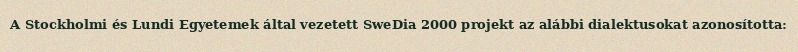
A Stockholmi és Lundi Egyetemek által vezetett SweDia 2000 projekt az alábbi dialektusokat azonosította: